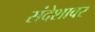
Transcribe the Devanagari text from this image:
संदेशावर